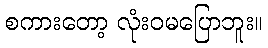
စကားတော့ လုံးဝမပြောဘူး။